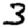
Digit: 3